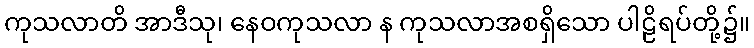
ကုသလာတိ အာဒီသု၊ နေဝကုသလာ န ကုသလာအစရှိသော ပါဠိရပ်တို့၌။